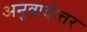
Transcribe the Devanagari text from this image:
अनुवादोत्तर